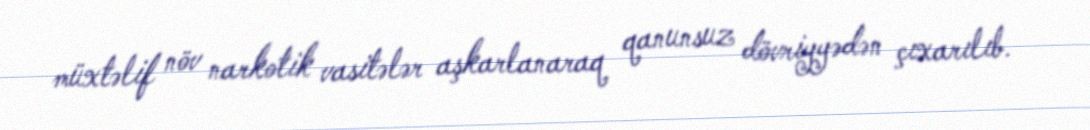
müxtəlif növ narkotik vasitələr aşkarlanaraq qanunsuz dövriyyədən çıxarılıb.